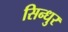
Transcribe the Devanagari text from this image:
सिन्‍धुर